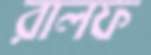
রালফ